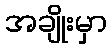
အချိုးမှာ